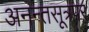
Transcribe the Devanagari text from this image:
अनन्तसूत्रपर